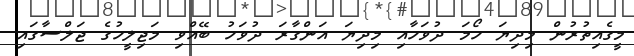
މީގެއިތުރުން މިދިޔަ ހޯމަ ދުވަހާއި މިދިޔަ އަންގާރަ ދުވަހު ބޭއްވި މަޖިލީހުގެ ޖަލްސާގައި